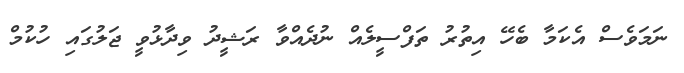
ނަމަވެސް އެކަމާ ބެހޭ އިތުރު ތަފްސީލެއް ނުދެއްވާ ރަޝީދު ވިދާޅުވީ ޖަލުގައި ހުކުމް